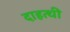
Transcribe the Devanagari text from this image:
दाहत्थी